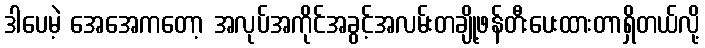
ဒါပေမဲ့ အေအေကတော့ အလုပ်အကိုင်အခွင့်အလမ်းတချို့ဖန်တီးပေးထားတာရှိတယ်လို့